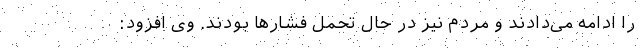
را ادامه می‌دادند و مردم نیز در حال تحمل فشارها بودند. وی افزود: